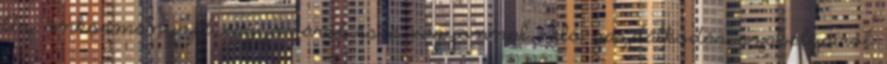
Az önkormányzat vagyonáról és a vagyonnal való gazdálkodás szabályairól